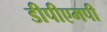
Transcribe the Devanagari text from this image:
डीपीएमपी